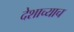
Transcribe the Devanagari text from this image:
देशाच्याच